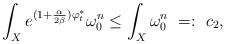
LaTeX: \begin{align*}\int_{X}e^{(1+\frac{\alpha}{2\beta})\varphi_t^{\ast}}\omega_{0}^{n}\leq\int_{X}\omega_{0}^{n} \ =: \ c_{2}, \end{align*}